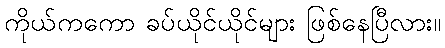
ကိုယ်ကကော ခပ်ယိုင်ယိုင်များ ဖြစ်နေပြီလား။